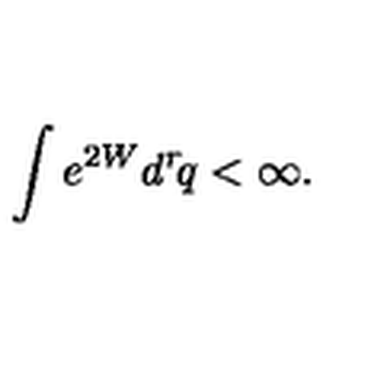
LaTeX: \int e ^ { 2 W } d ^ { r } \! q < \infty .